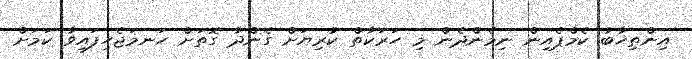
އިންތިޚާބު ކެމްޕެއިން ނިމެންދެން މި ހަރަކާތް ކުރިޔަށް ގެންދާ ގޮތަށް ހަނމަޖެހިފައިވާ ކަމަށް